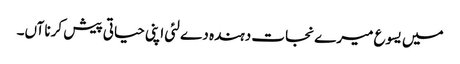
میں یسوع میرے نجات دہندہ دے لئی اپنی حیاتی پیش کرنا آں۔